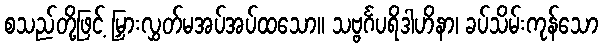
စသည်တို့ဖြင့် မြှားလွှတ်မအပ်အပ်ထသော။ သဗ္ဗင်္ဂပရိဒါဟိနာ၊ ခပ်သိမ်းကုန်သော